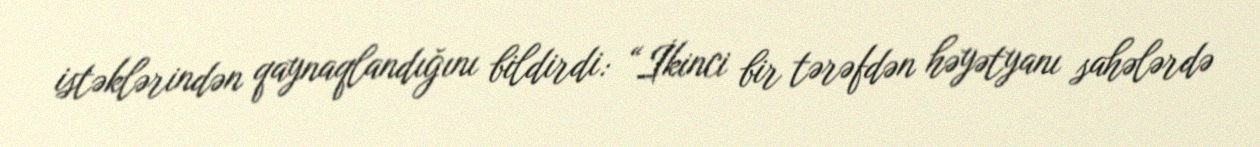
istəklərindən qaynaqlandığını bildirdi: “İkinci bir tərəfdən həyətyanı sahələrdə